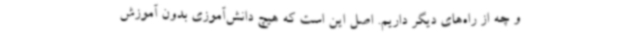
و چه از راه‌های دیگر داریم. اصل این است که هیچ دانش‌آموزی بدون آموزش